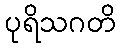
ပုရိသဂတိ